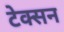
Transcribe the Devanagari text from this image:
टेक्सन